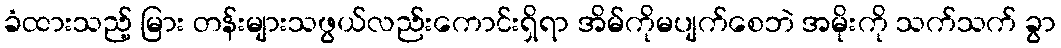
ခံထားသည့် မြား တန်းများသဖွယ်လည်းကောင်းရှိရာ အိမ်ကိုမပျက်စေဘဲ အမိုးကို သက်သက် ခွာ